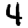
Digit: 4